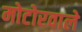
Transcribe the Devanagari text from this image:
मोटोरवाले